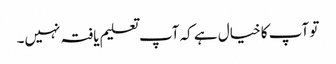
تو آپ کا خیال ہے کہ آپ تعلیم یافتہ نہیں۔